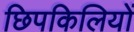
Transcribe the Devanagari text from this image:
छिपकिलियों